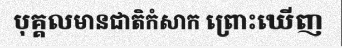
បុគ្គលមានជាតិកំសាក ព្រោះឃើញ